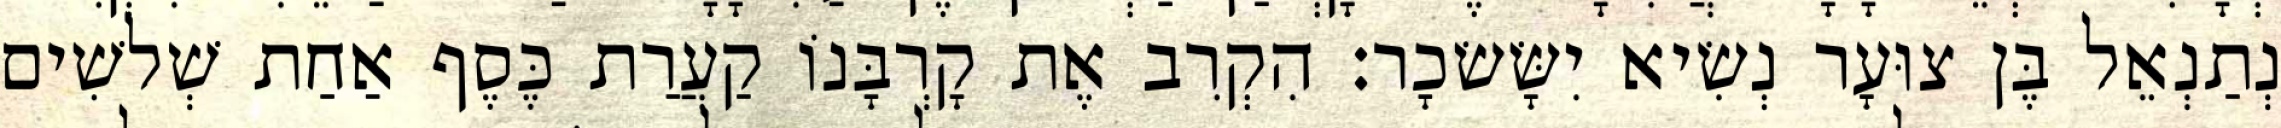
נְתַנְאֵל בֶּן צוּעָר נְשִׂיא יִשָּׂשׂכָר׃ הִקְרִב אֶת קָרְבָּנוֹ קַעֲרַת כֶּסֶף אַחַת שְׁלשִׁים